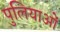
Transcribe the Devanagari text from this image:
पुलियाओं